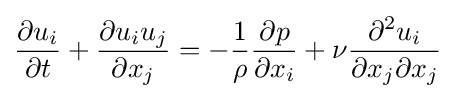
{\frac {\partial u_{i}}{\partial t}}+{\frac {\partial u_{i}u_{j}}{\partial x_{j}}}=-{\frac {1}{\rho }}{\frac {\partial p}{\partial x_{i}}}+\nu {\frac {\partial ^{2}u_{i}}{\partial x_{j}\partial x_{j}}}